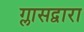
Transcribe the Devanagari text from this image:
ग्लासद्वारा